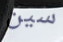
سين